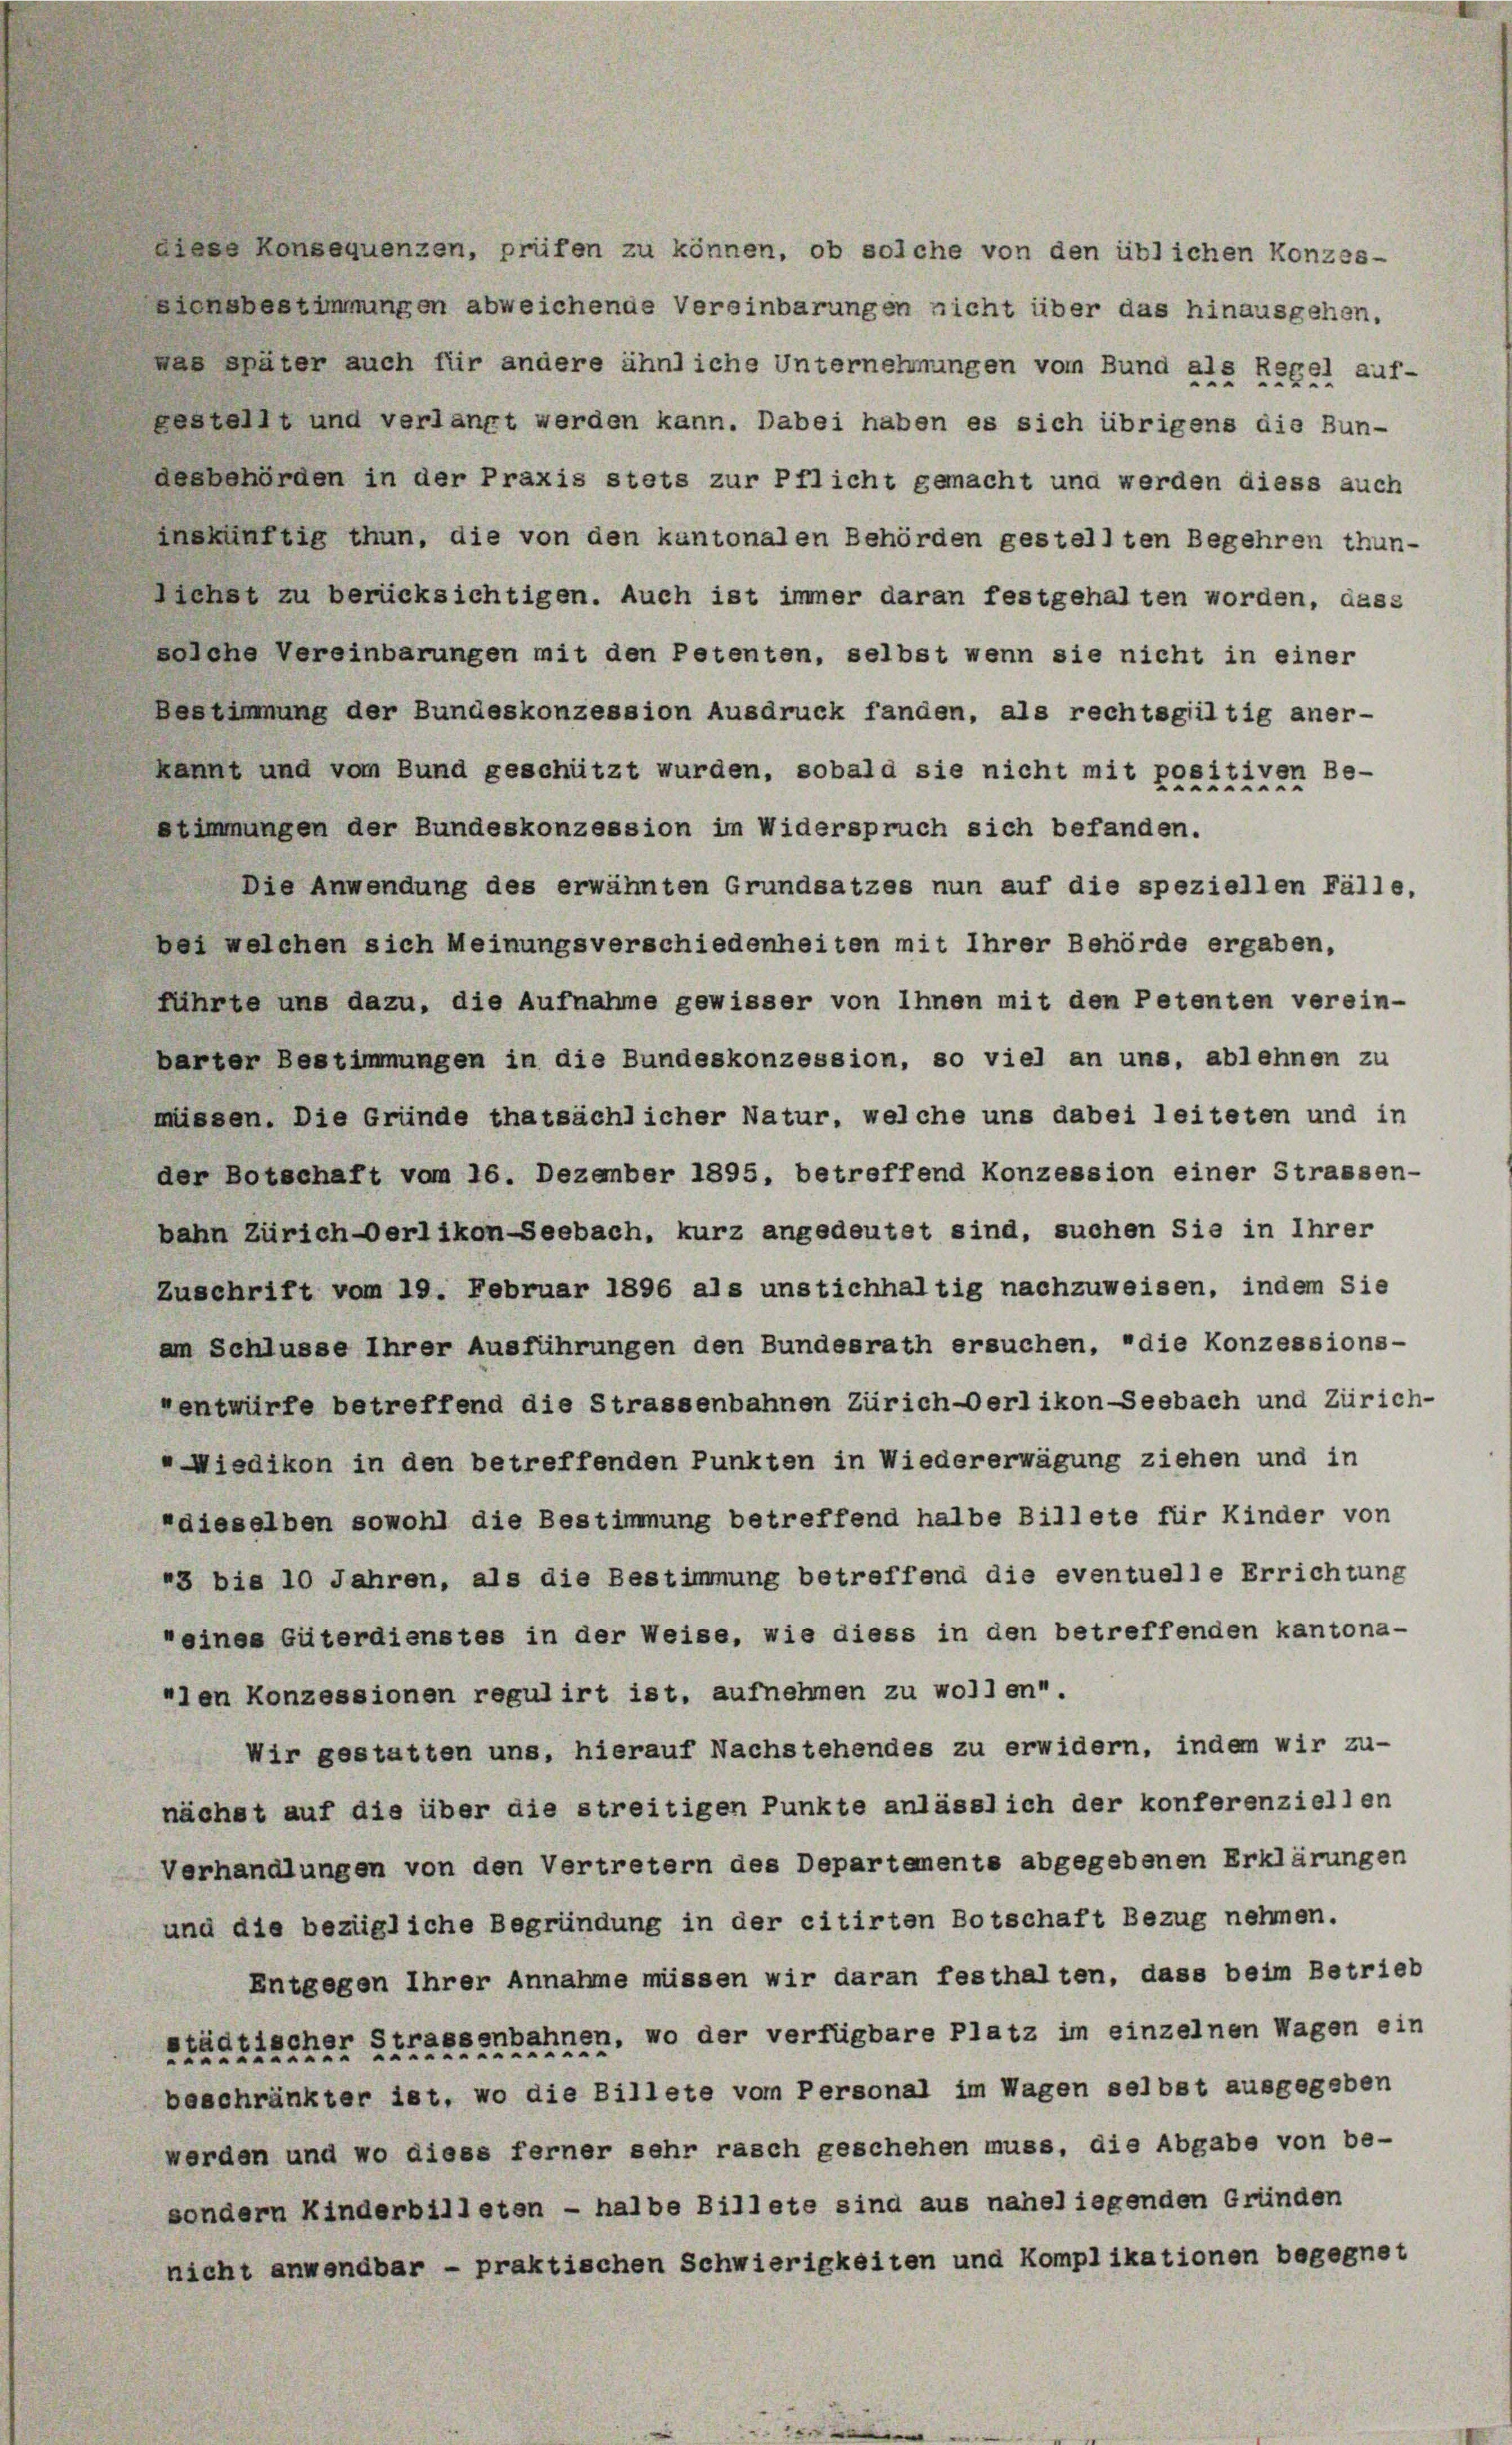
diese Konsequenzen, prüfen zu können, ob solche von den üblichen Konzes-
siensbestimmungen abweichende Vereinbarungen nicht über das hinausgehen.
nae später auch für andere ähnliche Unternehmungen vom Bund als Regel auf-
gestellt und verlangt werden kann. Dabei haben es sich übrigens die Bun-
desbehörden in der Praxis stets zur Pflicht gemacht und werden diess auch
auskünftig thun, die von den kantonalen Behörden gestellten Begehren thun-
Liehet zu berücksichtigen. Auch ist immer daran festgehalten worden, dass
solche Vereinbarungen mit den Petenten, selbst wenn sie nicht in einer
Bestimmung der Bundeskonzession Ausdruck fanden, als rechtsgiltig aner-
kannt und vom Bund geschützt wurden, sobald sie nicht mit positiven Be-
stimmungen der Bundeskonzession im Widerspruch sich befanden.
Die Anwendung des erwähnten Grundsatzes nun auf die speziellen Fälle,
bei welchen sich Meinungsverschiedenheiten mit Ihrer Behörde ergaben,
führte uns dazu, die Aufnahme gewisser von Ihnen mit den Petenten verein-
barter Bestimmungen in die Bundeskonzession, so viel an uns, ablehnen zu
müssen. Die Gründe thatsächlicher Natur, welche uns dabei leiteten und in
der Botschaft vom 16. Dezember 1895, betreffend Konzession einer Strassen-
bahn Zürich-Oerlikon-Seebach, kurz angedeutet sind, suchen Sie in Ihrer
Zuschrift vom 19. Februar 1896 als unstichhaltig nachzuweisen, indem Sie
am Schlusse Ihrer Ausführungen den Bundesrath ersuchen, "die Konzessions-
entwürfe betreffend die Strassenbahnen Zürich-Oerlikon-Seebach und Zürich-
»Wiedikon in den betreffenden Punkten in Wiedererwägung ziehen und in
dieselben sowohl die Bestimmung betreffend halbe Billete für Kinder von
43 bis 10 Jahren, als die Bestimmung betreffend die eventuelle Errichtung
"eines Güterdienstes in der Weise, wie diess in den betreffenden kantonalen Konzessionen regulirt ist, aufnehmen zu wollen.
Wir gestatten uns, hierauf Nachstehendes zu erwidern, indem wir zu-
nächst auf die über die streitigen Punkte anlässlich der konferenziellen
Verhandlungen von den Vertretern des Departemente abgegebenen Erklärungen
und die bezügliche Begründung in der citirten Botschaft Bezug nehmen.
Entgegen Ihrer Annahme müssen wir daran festhalten, dass beim Betrieb
städtischer Strassenbahnen, wo der verfügbare Platz im einzelnen Wagen ein
beschränkter iet, wo die Billete vom Personal im Wagen selbst ausgegeben
werden und wo diess ferner sehr rasch geschehen muss, die Abgabe von be-
sondern Kinderbilleten - halbe Billete sind aus naheliegenden Gründen
nicht anwendbar - praktischen Schwierigkeiten und Komplikationen begegnet